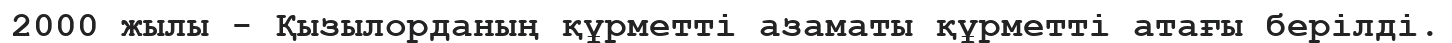
2000 жылы - Қызылорданың құрметті азаматы құрметті атағы берілді.